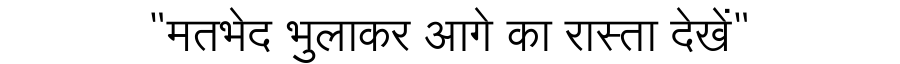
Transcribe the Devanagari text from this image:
"मतभेद भुलाकर आगे का रास्ता देखें"